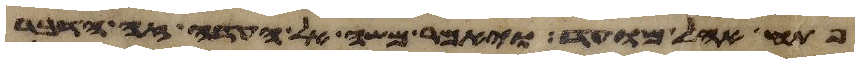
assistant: פתח אהל מועד ויאמר משה אל העדה זה הדבר